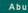
abu